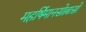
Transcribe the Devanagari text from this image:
महर्षिमानसोल्लासो